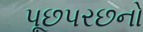
પૂછપરછનો